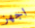
اجهز